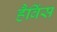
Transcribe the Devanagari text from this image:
हैविंस